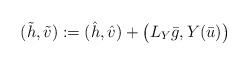
\begin{align*}(\tilde h, \tilde v):= (\hat h, \hat v) + \big(L_Y \bar g, Y(\bar u) \big)\end{align*}